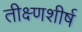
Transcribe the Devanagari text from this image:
तीक्ष्णशीर्ष